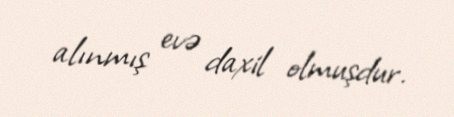
alınmış evə daxil olmuşdur.